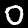
Label: 0